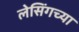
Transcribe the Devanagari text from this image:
लेसिंगच्या